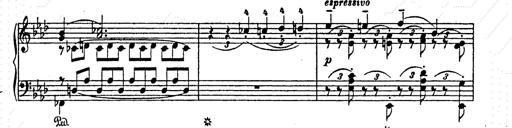
Title: AnnÃ©es de pÃ¨lerinage II
Composer: Franz Liszt